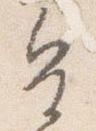
皇